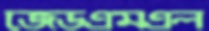
জেডএমএল